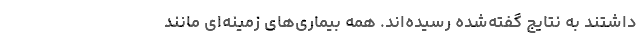
داشتند به نتایج گفته‌شده رسیده‌اند. همه بیماری‌های زمینه‌ای مانند